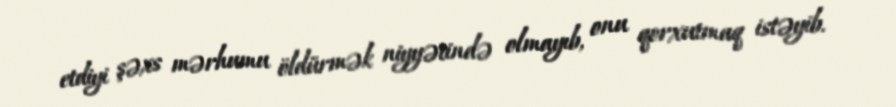
etdiyi şəxs mərhumu öldürmək niyyətində olmayıb, onu qorxutmaq istəyib.